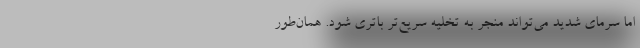
اما سرمای شدید می‌تواند منجر به تخلیه سریع‌تر باتری شود. همان‌طور